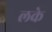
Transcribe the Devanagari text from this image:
लके